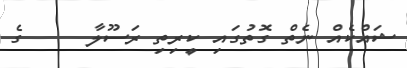
ޝައްކެއް ނެތް ގޮތުގައި ކީރިތި ރަސޫލާ     ގެ